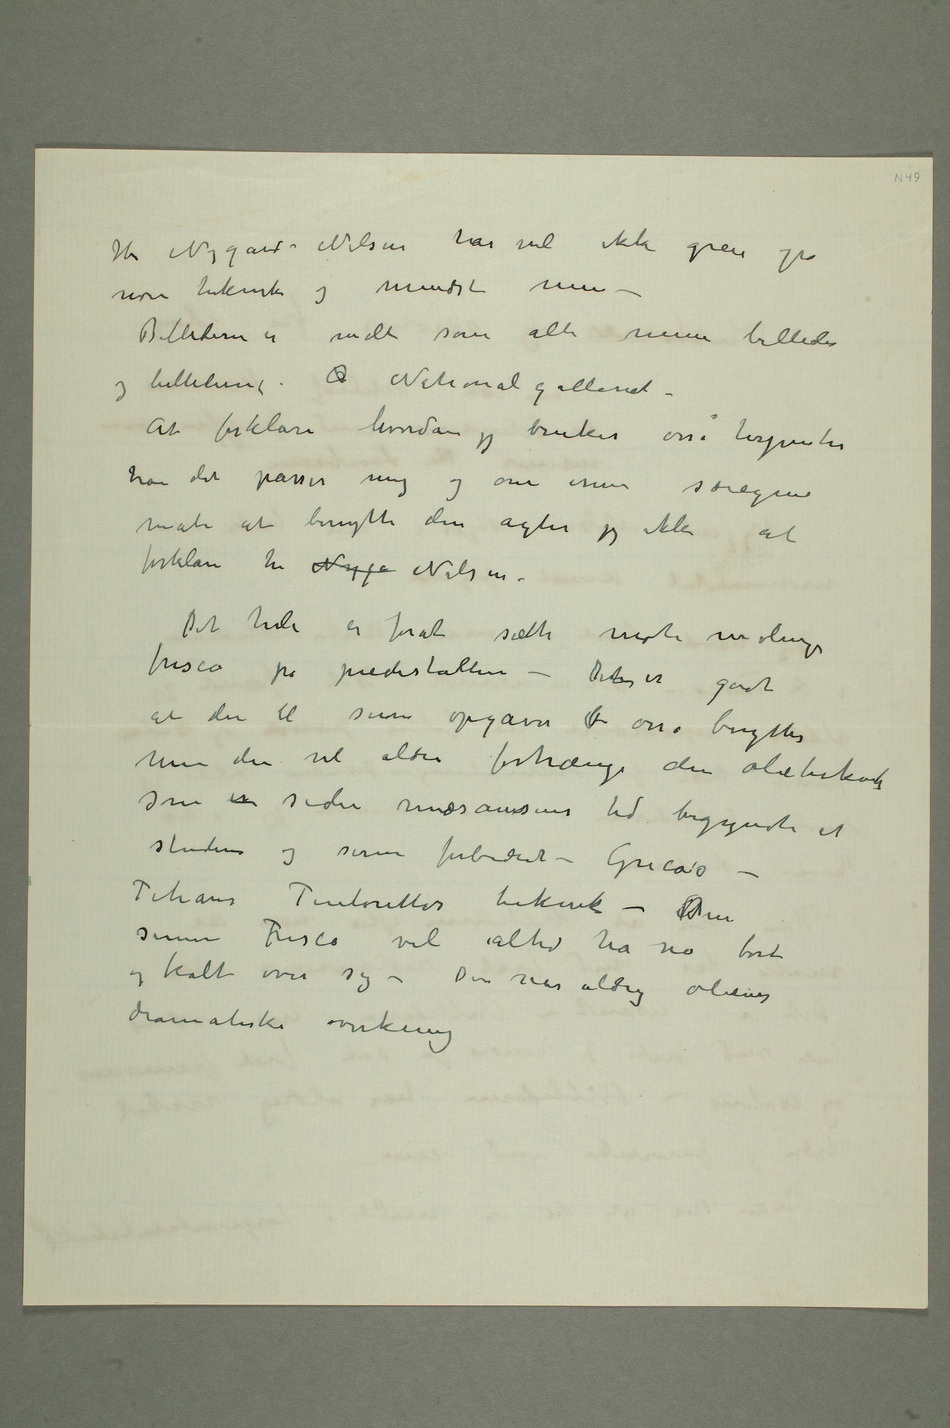
Hr Nygård-Nilsen har vel ikke greie på
noen teknik og mindst min –
Billederne er malt som alle mine billeder og
billederne i  Nationalgalleriet
– At forklare hvordan jeg bruker osså terpentin
måte at benytte den agter jeg ikke at
forklare hr Nygå Nilsen.
Det hele er forat sætte mote malingen
fresco på piedestallen – Dent er godt
at den til sine opgaver  osså benyttes
men den vil aldri fortrænge den olieteknik
som er siden renæssansens tid begyndte at
studeres og senere forbedret – Grecos –
Titians Tintorettos teknik – Den
senere Fresco vil altid ha no tørt
og kalt over sig – Den når aldrig oliens
dramatiske virkning